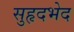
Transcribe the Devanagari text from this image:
सुहृदभेद